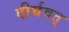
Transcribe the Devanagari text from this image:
दीर्घवत्‌